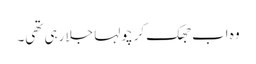
وہ اب جھک کر چولہا جلا رہی تھی۔